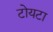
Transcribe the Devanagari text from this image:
टोयटा